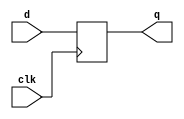

module DFlipFlopGL
(
  input      clk,
  input      d,
  output reg q
);

  always @( posedge clk ) begin
    q <= d;
  end

endmodule